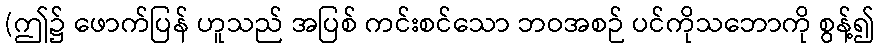
(ဤ၌ ဖောက်ပြန် ဟူသည် အပြစ် ကင်းစင်သော ဘဝအစဉ် ပင်ကိုသဘောကို စွန့်၍